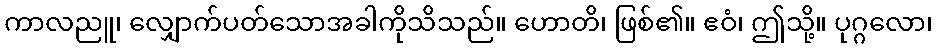
ကာလညူ၊ လျှောက်ပတ်သောအခါကိုသိသည်။ ဟောတိ၊ ဖြစ်၏။ ဧဝံ၊ ဤသို့။ ပုဂ္ဂလော၊